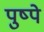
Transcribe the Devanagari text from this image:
पुष्पे